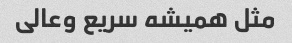
مثل همیشه سریع وعالی